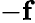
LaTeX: -\mathbf{f}